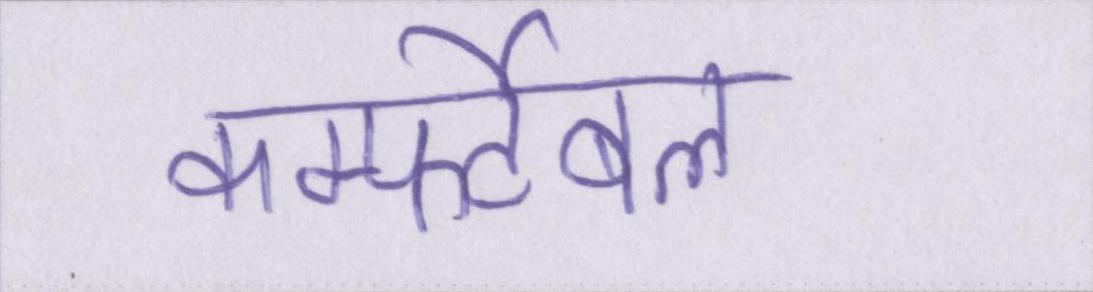
कम्फर्टेबल